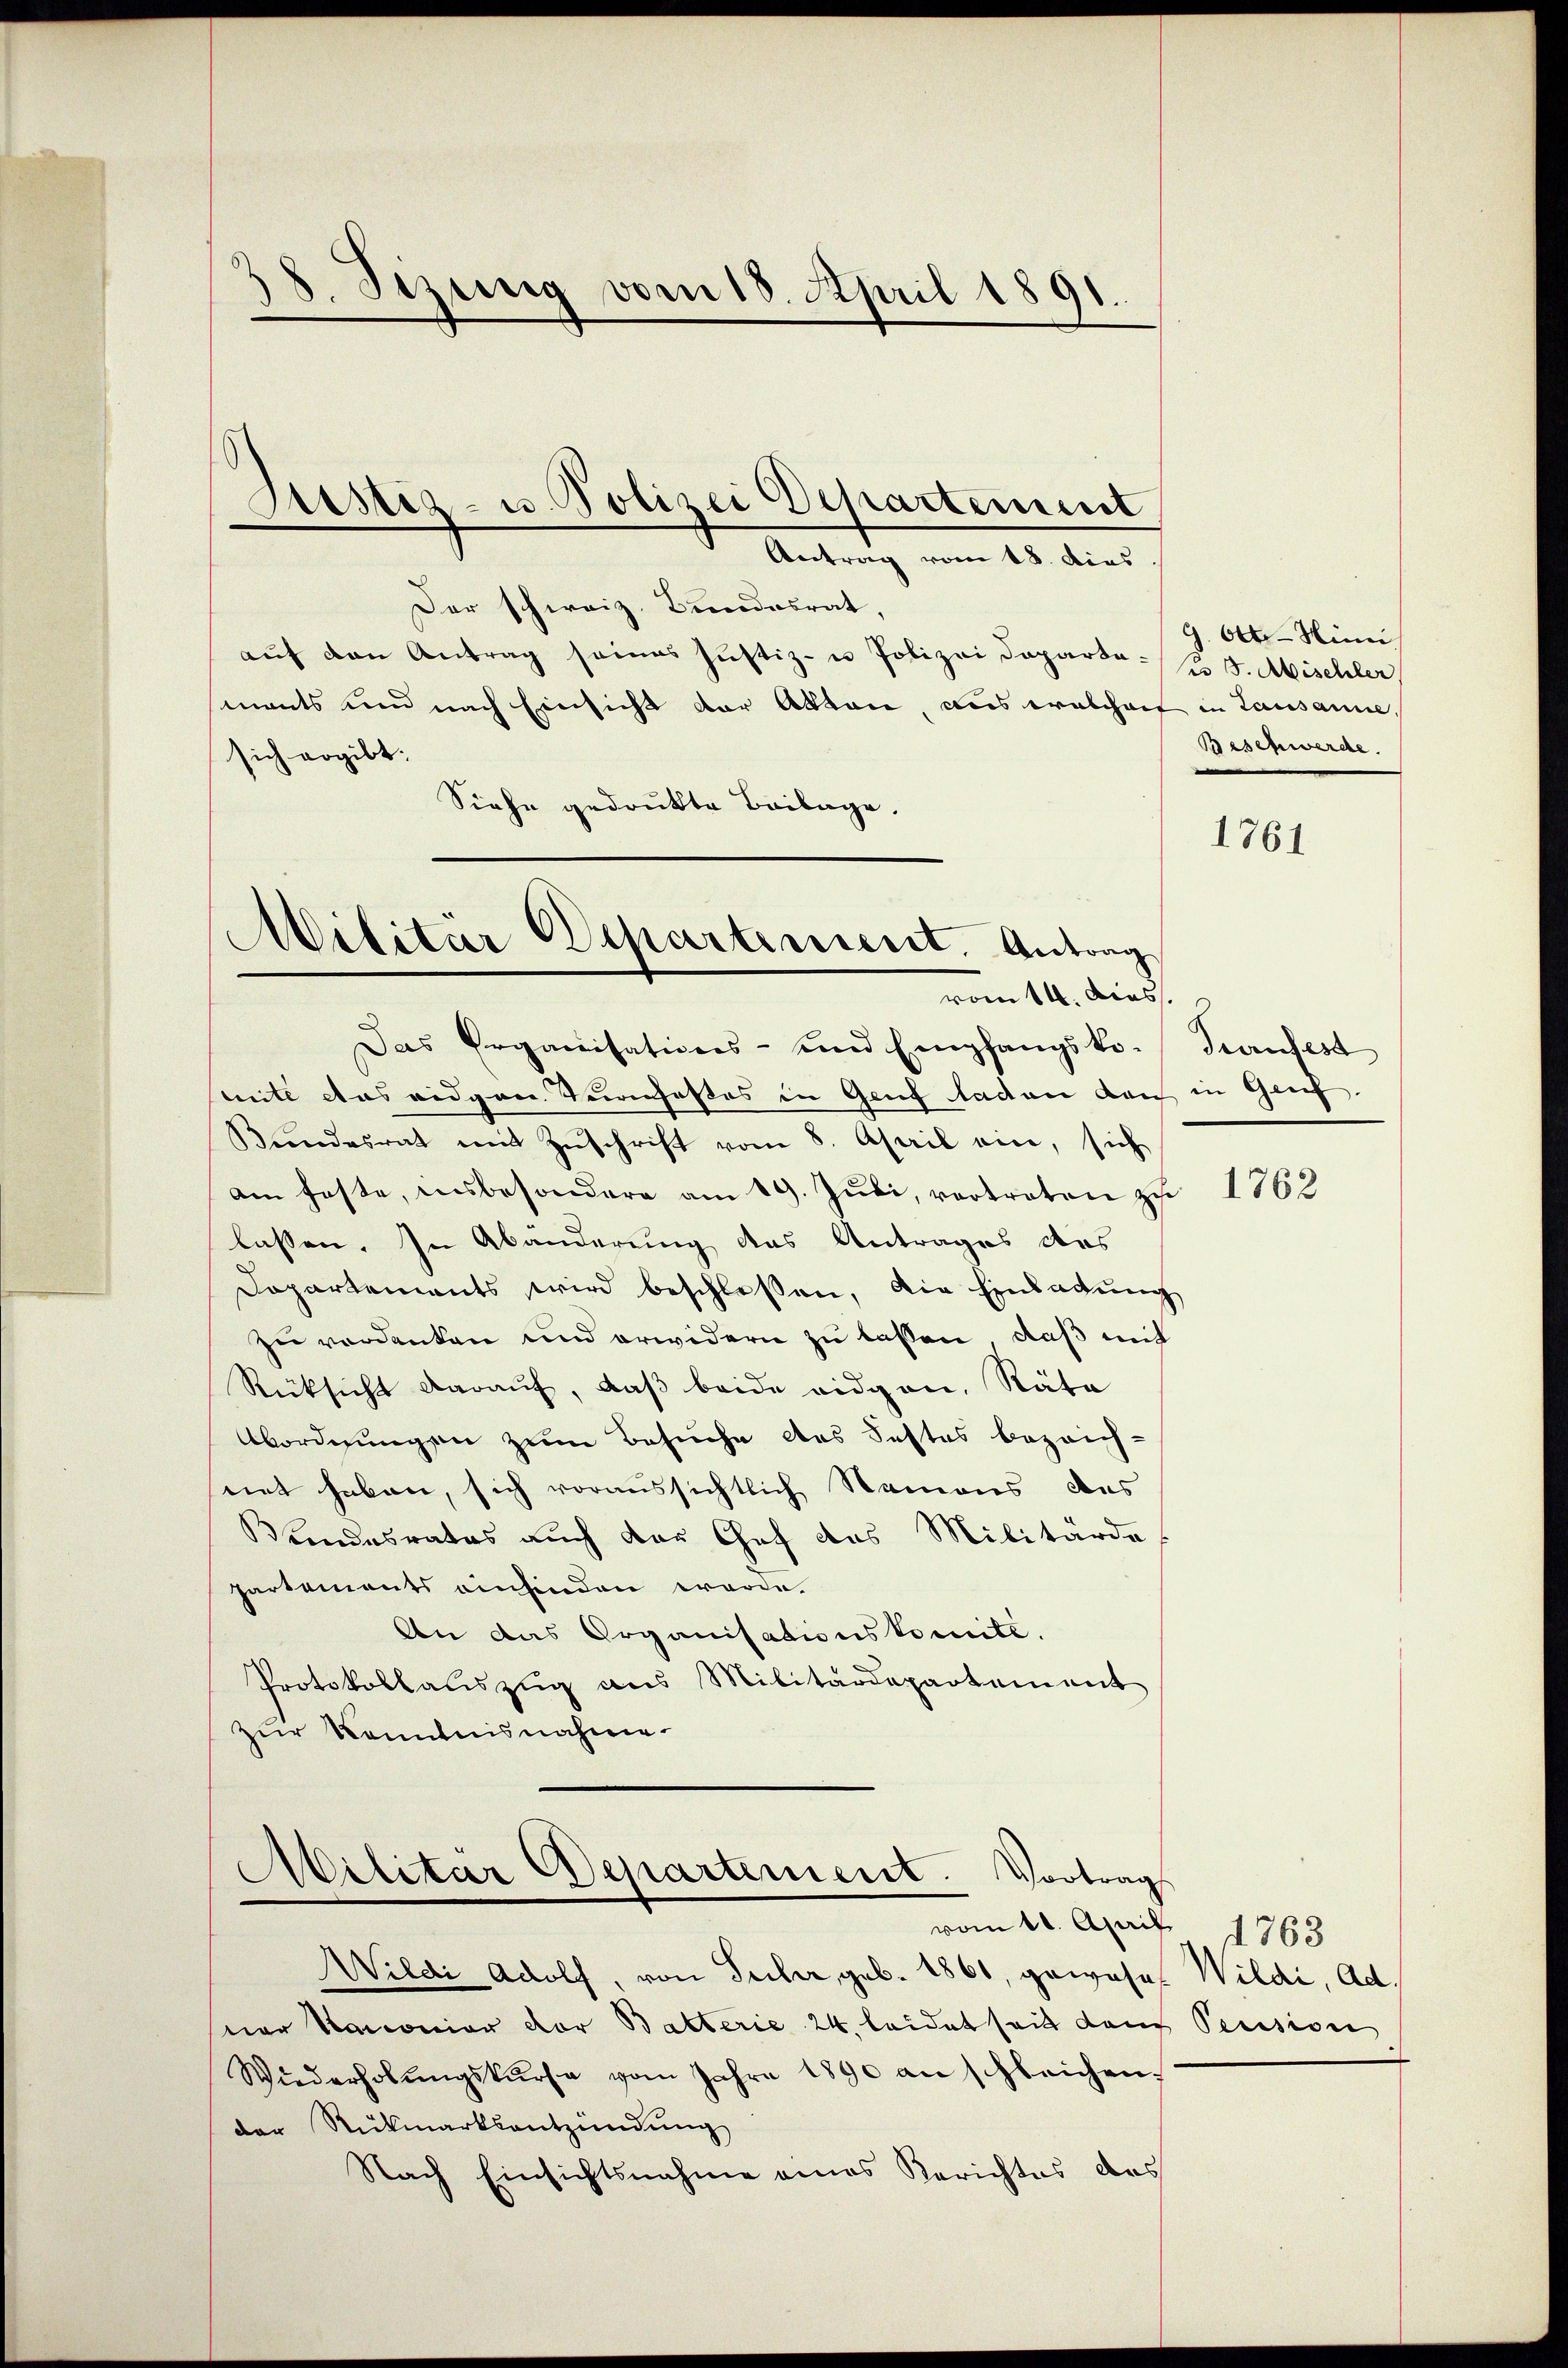
Antrag vom 18. dies
Der schweiz. Bundesrat,
auf den Antrag seines Justiz- u Polizei Dapardo- No 5. Abischler
ments und nach Einsicht der Akten, aus welchait in Lausanne,
sich ergibt.
Siehe gedrukte Beilage.

38. Sizung vom 18. April 1891.

Justiz- u. Polizei Departement

Militär Departinient. Antrag
vom 14. Dies

Das Organisations- und Empfangsko-Turnfest
mite das eidgen. Turnfestes in Gruf laden dan in Grif
Bŭndesrat mit Zŭschrift vom 8. April ein, sich
am feste, insbesondere am 19. Jŭli, vertreten zu
lassen. In Abänderung das Antrages das
Dapartements wird beschlossen, die Einladŭng
zu verdanken und erwidern zu lassen, daß mit
Rücksicht darauf, daß beide eidgen. Räte
Abordnungen zum Besuche des Festes bezeich-
net haben, sich voraussichtlich Namens des
Bundesrates auch der Chef das Militärde
partements einfinden werde.
An das Organisationskomité.
Protokollauszug aus Militärdepartement
zur Kenntnisnahme.
Militär Departement. Vortrags
vom 20. April 1763
Wildi Adolf, von Tucher, geb. 1861, gerose Wildi, Ad.
ner Samonior vor Balterie 24, leidet seit dem Pension
Wiederholŭngskurse vom Jahre 1890 an schleichen.
der Rückmarksentzündung
Nach Einsichtsnahme eines Berichtes des

G. Ott.- Mini
Beschwerde.

1761

1762